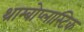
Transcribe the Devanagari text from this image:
थ्राम्बोप्लास्टिक